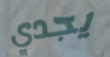
يجدي